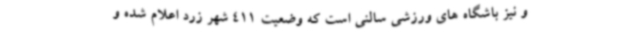
و نیز باشگاه های ورزشی سالنی است که وضعیت 411 شهر زرد اعلام شده و